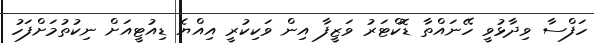
ހަފްސާ ވިދާޅުވީ ހޭނައްތާ ޑޮކްޓަރު ވަޒީފާ އިން ވަކިކުރީ އިއްޔެ ޑިއުޓީއަށް ނިކުތުމަށްފަހު